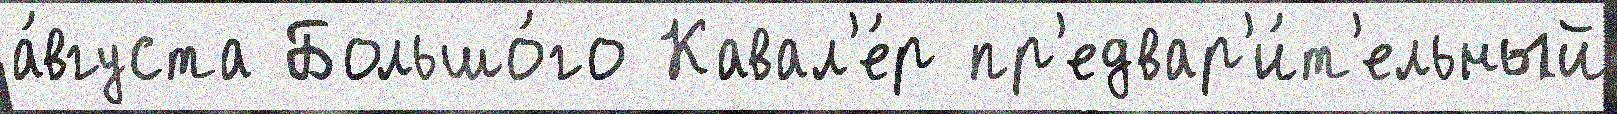
а́вгуста Большо́го Кавал'е́р пр'едвар'и́т'ельный